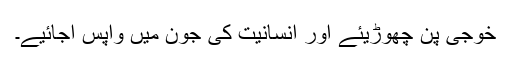
خوجی پن چھوڑیئے اور انسانیت کی جُون میں واپس آجائیے۔